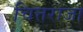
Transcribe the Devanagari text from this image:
चित्तराजा